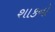
શાકનો